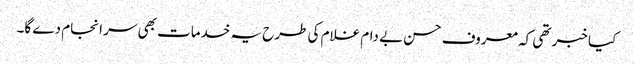
کیا خبر تھی کہ معروف حسن بے دام غلام کی طرح یہ خدمات بھی سر انجام دے گا۔